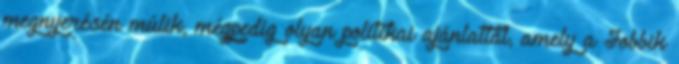
megnyerésén múlik, mégpedig olyan politikai ajánlattal, amely a Jobbik